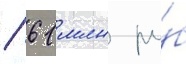
/ 61 млн ру́б